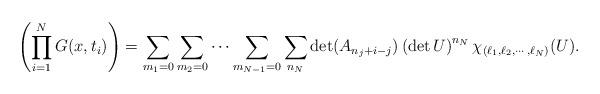
LaTeX: \begin{align*}\left( \prod_{i=1}^N G(x,t_i) \right) = \sum_{m_1=0} \sum_{m_2 =0}\cdots \sum_{m_{N-1}=0} \sum_{n_N} \det (A_{n_j +i -j}) \left(\det U\right)^{n_N} \chi_{(\ell_1, \ell_2, \cdots, \ell_N)} (U).\end{align*}